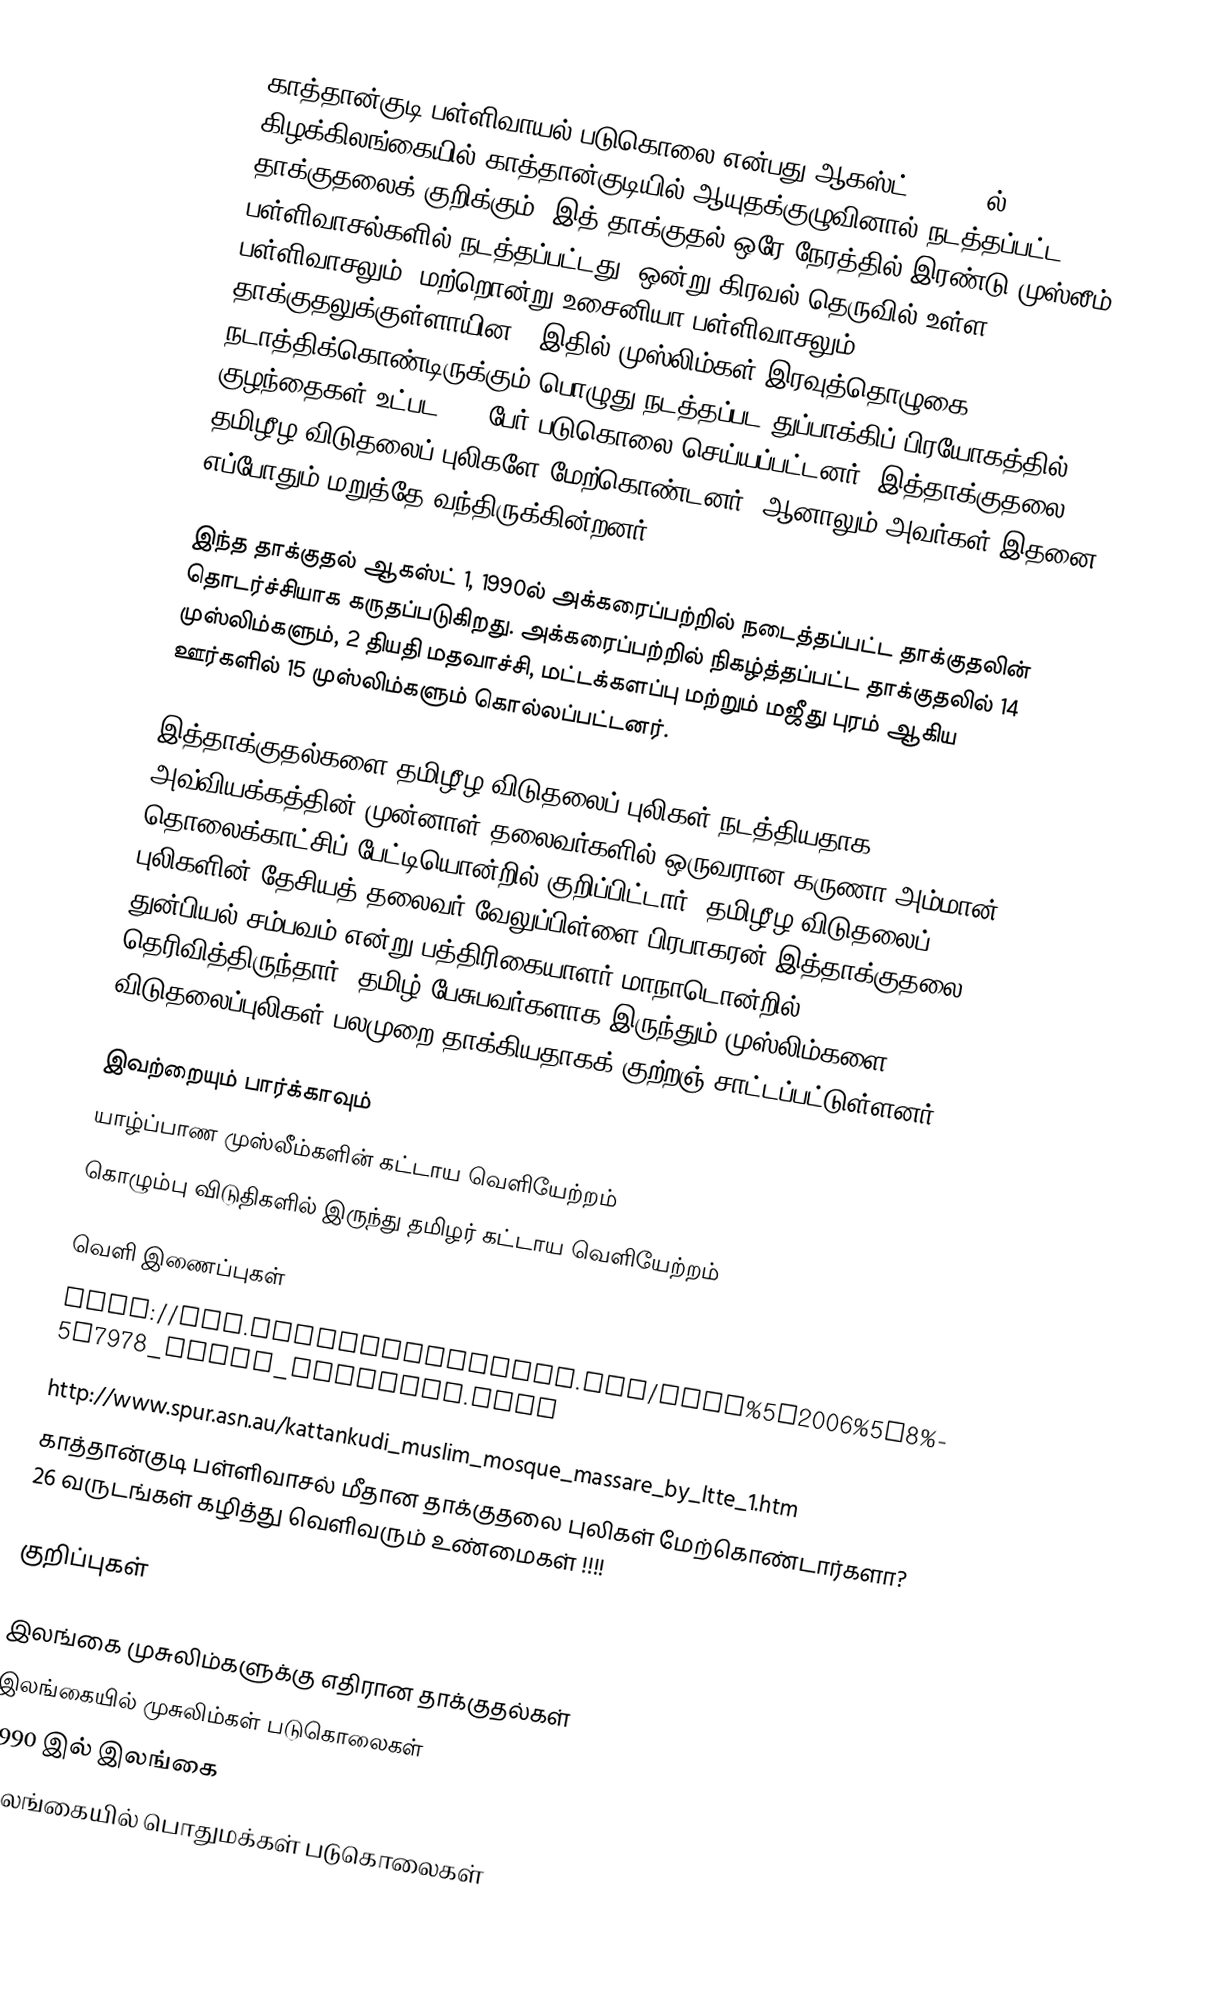
காத்தான்குடி பள்ளிவாயல் படுகொலை என்பது ஆகஸ்ட் 3, 1990ல் கிழக்கிலங்கையில் காத்தான்குடியில் ஆயுதக்குழுவினால் நடத்தப்பட்ட தாக்குதலைக் குறிக்கும். இத் தாக்குதல் ஒரே நேரத்தில் இரண்டு முஸ்லீம் பள்ளிவாசல்களில் நடத்தப்பட்டது. ஒன்று கிரவல் தெருவில் உள்ள பள்ளிவாசலும், மற்றொன்று உசைனியா பள்ளிவாசலும் தாக்குதலுக்குள்ளாயின.. இதில் முஸ்லிம்கள் இரவுத்தொழுகை நடாத்திக்கொண்டிருக்கும் பொழுது நடத்தப்பட துப்பாக்கிப் பிரயோகத்தில் 25 குழந்தைகள் உட்பட 103 பேர் படுகொலை செய்யப்பட்டனர். இத்தாக்குதலை தமிழீழ விடுதலைப் புலிகளே மேற்கொண்டனர். ஆனாலும் அவர்கள் இதனை எப்போதும் மறுத்தே வந்திருக்கின்றனர்.

இந்த தாக்குதல் ஆகஸ்ட் 1, 1990ல் அக்கரைப்பற்றில் நடைத்தப்பட்ட தாக்குதலின் தொடர்ச்சியாக கருதப்படுகிறது. அக்கரைப்பற்றில் நிகழ்த்தப்பட்ட தாக்குதலில் 14 முஸ்லிம்களும், 2 தியதி மதவாச்சி, மட்டக்களப்பு மற்றும் மஜீது புரம் ஆகிய ஊர்களில் 15 முஸ்லிம்களும் கொல்லப்பட்டனர்.

இத்தாக்குதல்களை தமிழீழ விடுதலைப் புலிகள் நடத்தியதாக அவ்வியக்கத்தின் முன்னாள் தலைவர்களில் ஒருவரான கருணா அம்மான் தொலைக்காட்சிப் பேட்டியொன்றில் குறிப்பிட்டார். தமிழீழ விடுதலைப் புலிகளின் தேசியத் தலைவர் வேலுப்பிள்ளை பிரபாகரன் இத்தாக்குதலை துன்பியல் சம்பவம் என்று பத்திரிகையாளர் மாநாடொன்றில் தெரிவித்திருந்தார்.  தமிழ் பேசுபவர்களாக இருந்தும் முஸ்லிம்களை விடுதலைப்புலிகள் பலமுறை தாக்கியதாகக் குற்றஞ் சாட்டப்பட்டுள்ளனர்.

இவற்றையும் பார்க்காவும்
 யாழ்ப்பாண முஸ்லீம்களின் கட்டாய வெளியேற்றம்
 கொழும்பு விடுதிகளில் இருந்து தமிழர் கட்டாய வெளியேற்றம்

வெளி இணைப்புகள்
 http://www.lankanewspapers.com/news%5C2006%5C8%5C7978_image_headline.html
 http://www.spur.asn.au/kattankudi_muslim_mosque_massare_by_ltte_1.htm
 காத்தான்குடி பள்ளிவாசல் மீதான தாக்குதலை புலிகள் மேற்கொண்டார்களா? 26 வருடங்கள் கழித்து வெளிவரும் உண்மைகள் !!!!

குறிப்புகள்

இலங்கை முசுலிம்களுக்கு எதிரான தாக்குதல்கள்
இலங்கையில் முசுலிம்கள் படுகொலைகள்
1990 இல் இலங்கை
இலங்கையில் பொதுமக்கள் படுகொலைகள்